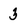
Character: 3